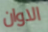
الاوان